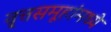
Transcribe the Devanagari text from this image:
वृ्त्तसमूहांमध्ये